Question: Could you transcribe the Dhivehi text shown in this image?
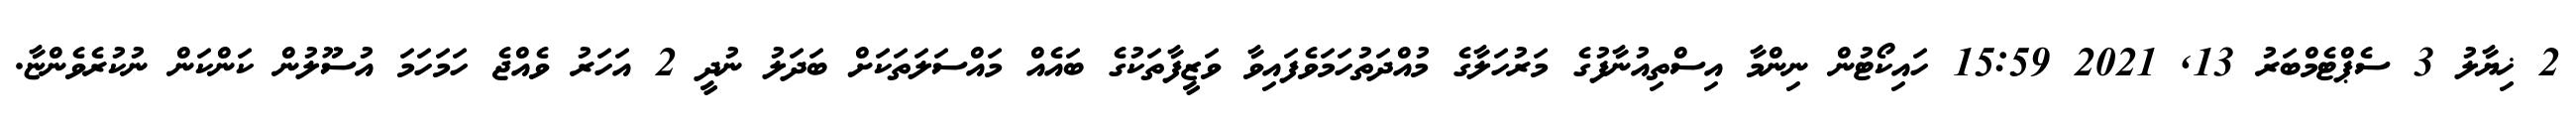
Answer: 2 ޚިޔާލު 3 ސެޕްޓެމްބަރު 13, 2021 15:59 ހައިކޯޓުން ނިންމާ އިސްތިއުނާފުގެ މަރުހަލާގެ މުއްދަތުހަމަވެފައިވާ ވަޒީފާތަކުގެ ބައެއް މައްސަލަތަކަށް ބަދަލު ނުދީ 2 އަހަރު ވެއްޖެ ހަމަހަމަ އުސޫލުން ކަންކަން ނުކުރެވެންޏާ.